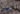
الى